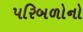
પરિબળોનો